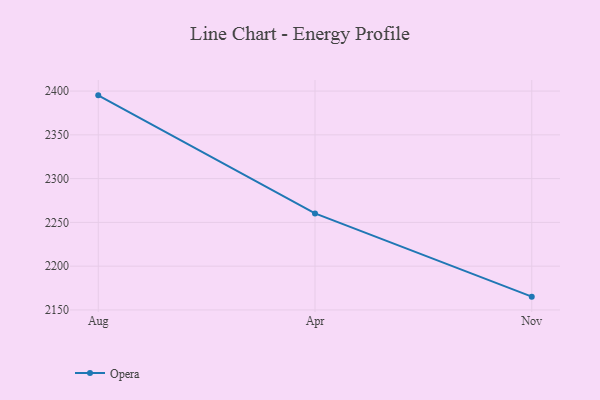
{"axis": {"x": "Month", "y": "Bounce Rate (%)"}, "legend": ["Opera"], "data": [{"x": "Aug", "y": 2395.1, "type": "Opera"}, {"x": "Apr", "y": 2260.3, "type": "Opera"}, {"x": "Nov", "y": 2165.2, "type": "Opera"}]}